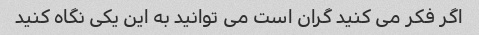
اگر فکر می کنید گران است می توانید به این یکی نگاه کنید